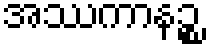
အဿကာနဉ္စ